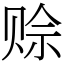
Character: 赊